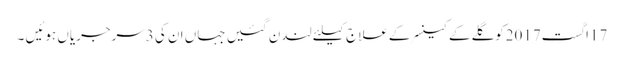
17اگست2017کوگلےکےکینسرکےعلاج کیلئےلندن گئیں جہاں ان کی 3سرجریاں ہوئیں ۔